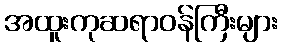
အထူးကုဆရာဝန်ကြီးများ